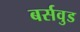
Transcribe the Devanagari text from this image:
बर्सवुड